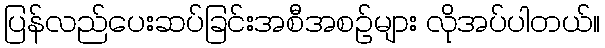
ပြန်လည်ပေးဆပ်ခြင်းအစီအစဉ်များ လိုအပ်ပါတယ်။